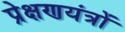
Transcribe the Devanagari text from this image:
प्रेक्षणयंत्रों